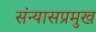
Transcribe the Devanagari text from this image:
संन्यासप्रमुख